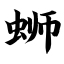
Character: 蛳